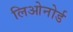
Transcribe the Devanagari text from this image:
लिओनोर्ड